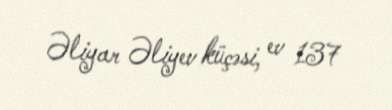
Əliyar Əliyev küçəsi, ev 137